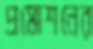
প্রমোশনের